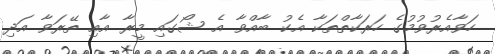
ހަވާއެރުވުމުގެ ހަރަކާތްތަކާ އެކު ބާއްވާ އެ ޝޯގައި މީރާ އާއި ތޭރަވާ އަދި